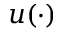
u ( \cdot )